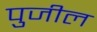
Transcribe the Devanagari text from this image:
पुजील